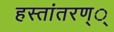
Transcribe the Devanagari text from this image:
हस्तांतरण््